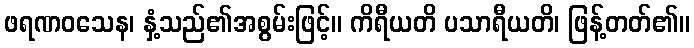
ဖရဏဝသေန၊ နှံ့သည်၏အစွမ်းဖြင့်။ ကိရီယတိ ပသာရီယတိ၊ ဖြန့်တတ်၏။